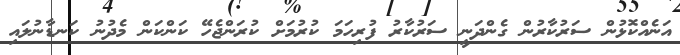
އަނެއްކޮޅުން ސަރުކާރުން ގެންދަނީ ސަރުކާރު ފުރިހަމަ ކުރުމަށް ކުރަންޖެހޭ ކަންކަން މެދުނު ކަނޑާނުލައި